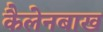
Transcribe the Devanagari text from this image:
कैलेनबाख